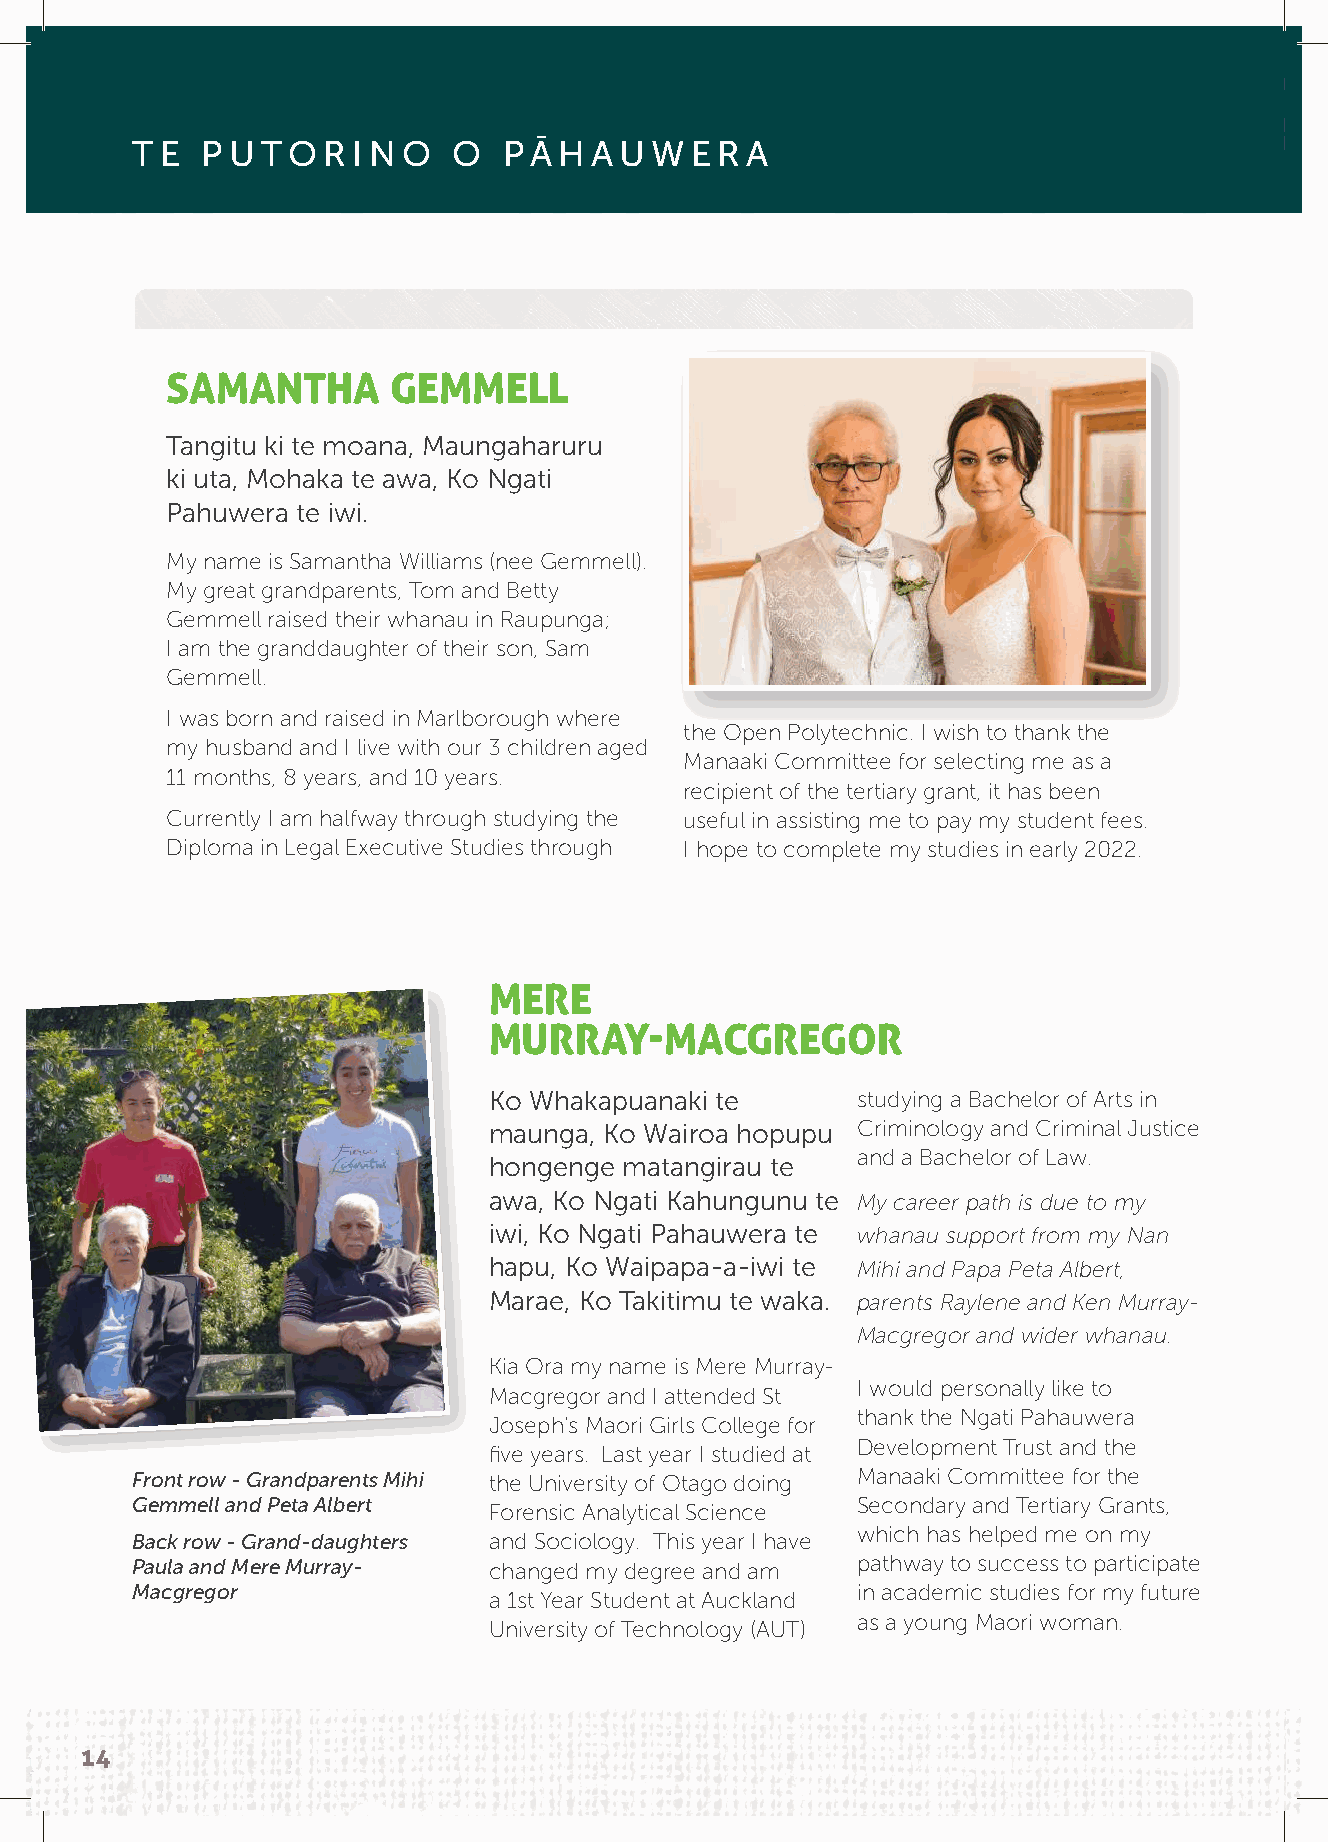
TE  PUTORINO         O  PĀHAUWERA
 SAMANTHA       GEMMELL
 Tangitu ki te moana, Maungaharuru
 ki uta, Mohaka te awa, Ko Ngati
 Pahuwera te iwi.
 My name is Samantha Williams (nee Gemmell).
 My great grandparents, Tom and Betty
 Gemmell raised their whanau in Raupunga;
 I am the granddaughter of their son, Sam
 Gemmell.
 I was born and raised in Marlborough where
 the Open Polytechnic. I wish to thank the
 my husband and I live with our 3 children aged
 Manaaki Committee for selecting me as a
 11 months, 8 years, and 10 years.
 recipient of the tertiary grant, it has been
 Currently I am halfway through studying the useful in assisting me to pay my student fees.
 Diploma in Legal Executive Studies through I hope to complete my studies in early 2022.
 MERE
 MURRAY-MACGREGOR
 Ko Whakapuanaki te       studying a Bachelor of Arts in
 maunga, Ko Wairoa hopupu Criminology and Criminal Justice
 and a Bachelor of Law.
 hongenge matangirau te
 awa, Ko Ngati Kahungunu te My career path is due to my
 iwi, Ko Ngati Pahauwera te whanau support from my Nan
 hapu, Ko Waipapa-a-iwi te Mihi and Papa Peta Albert,
 Marae, Ko Takitimu te waka. parents Raylene and Ken Murray-
 Macgregor and wider whanau.
 Kia Ora my name is Mere Murray-
 I would personally like to
 Macgregor and I attended St
 thank the Ngati Pahauwera
 Joseph's Maori Girls College for
 Development Trust and the
 five years. Last year I studied at
 Front row - Grandparents Mihi the University of Otago doing Manaaki Committee for the
 Gemmell and Peta Albert                         Secondary and Tertiary Grants,
 Forensic Analytical Science
 which has helped me on my
 Back row - Grand-daughters and Sociology. This year I have
 Paula and Mere Murray- changed my degree and am pathway to success to participate
 Macgregor                                       in academic studies for my future
 a 1st Year Student at Auckland
 as a young Maori woman.
 University of Technology (AUT)
 14